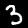
Digit: 3